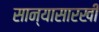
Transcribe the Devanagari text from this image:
सान्यासारखी